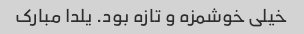
خیلی خوشمزه و تازه بود. یلدا مبارک